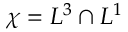
\chi = L ^ { 3 } \cap L ^ { 1 }